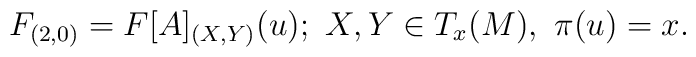
F_{(2,0)} = F[A]_{(X,Y)}(u); \,\, X,Y\in T_{x}(M), \,\, \pi(u)=x.